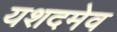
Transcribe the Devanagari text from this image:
यशदमेव